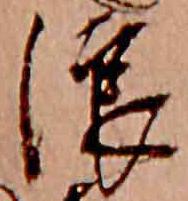
浪